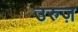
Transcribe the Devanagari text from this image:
उरुज़